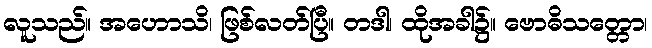
လူသည်။ အဟောသိ၊ ဖြစ်လတ်ပြီ။ တဒါ၊ ထိုအခါ၌။ ဗောဓိသတ္တော၊